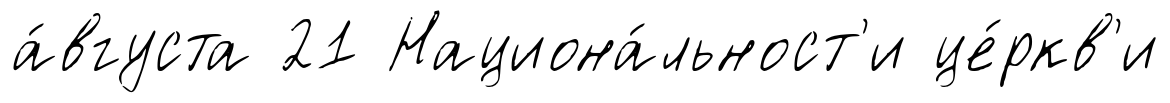
а́вгуста 21 Национа́льност'и це́ркв'и